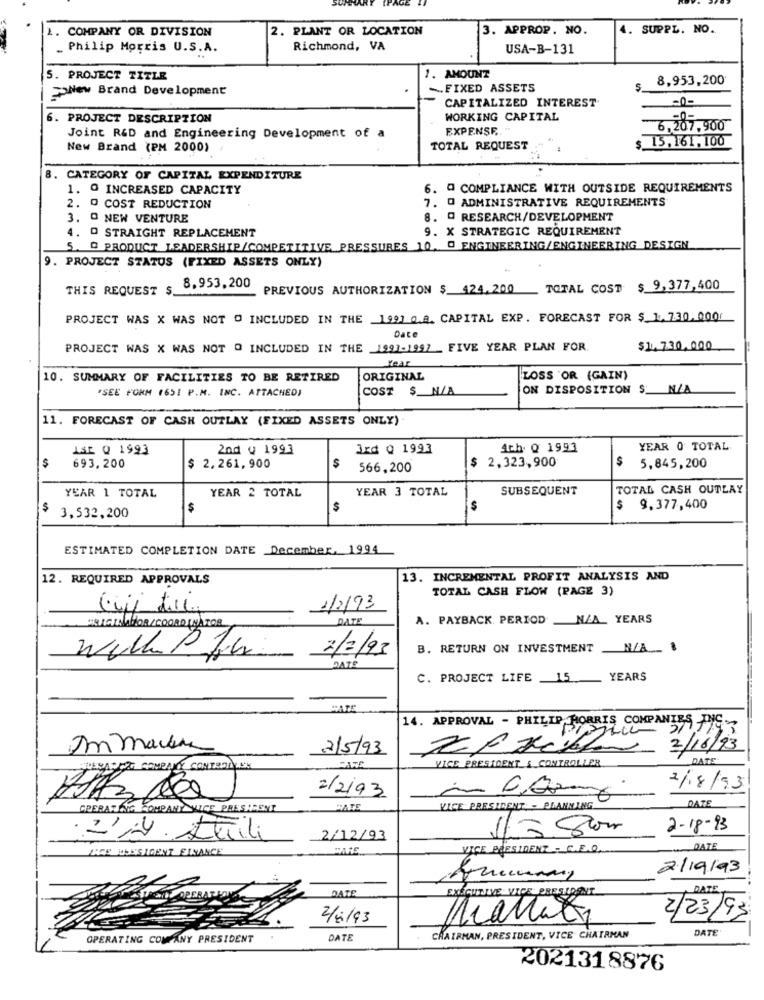
COMPANY OR DIVISION
2. PLANT OR LOCATION
3. APPROP. NO.
4. SUPPL. NO.
Philip Morris U.S.A.
Richmond, VA
USA-B-131
5. PROJECT TITLE
1. AMOUNT
8,953,200
>Ne Brand Development
-FIXED ASSETS
CAPITALIZED INTEREST
-0-
6. PROJECT DESCRIPTION
WORKING CAPITAL
EXPENSE. "
6,207,900
Joint R&D and Engineering Development of a
$ 15.161, 100
New Brand (PM 2000)
TOTAL REQUEST
8. CATEGORY OF CAPITAL EXPENDITURE
1. @ INCREASED CAPACITY
6. @ COMPLIANCE WITH OUTSIDE REQUIREMENTS
7. @ ADMINISTRATIVE REQUIREMENTS
2. º COST REDUCTION
3. ª NEW VENTURE
8. @ RESEARCH/DEVELOPMENT
9. X STRATEGIC REQUIREMENT
4. D STRAIGHT REPLACEMENT
5. @ PRODUCT LEADERSHIP/COMPETITIVE PRESSURES 10, @ ENGINEERING/ENGINEERING DESIGN
9. PROJECT STATUS (FIXED ASSETS ONLY)
8.953,200
THIS REQUEST
PREVIOUS AUTHORIZATION $ 424.200
TOTAL COST $ 9,377,400
PROJECT WAS X WAS NOT O INCLUDED IN THE 1991 Q.8. CAPITAL EXP. FORECAST FOR $ 1. 730.0001
PROJECT WAS X WAS NOT Q INCLUDED IN THE _1991-1997 _ FIVE YEAR PLAN FOR.
$1.730.000
Year
10. SUMMARY OF FACILITIES TO BE RETIRED
ORIGINAL
LOSS OR (GAIN)
"SEE FORM (651 P.M. INC. ATTACHED)
COST $_N/A
ON DISPOSITION $: N/A
11. FORECAST OF CASH OUTLAY (FIXED ASSETS ONLY)
LSE Q 1993
2nd Q 1993
3xd Q 1993
Ach. Q 1993
YEAR 0 TOTAL
$ 2,323,900
$
5,845,200
$
693.200
$ 2,261,900
$
566,200
YEAR 1 TOTAL
YEAR 2 TOTAL
YEAR 3 TOTAL
SUBSEQUENT
TOTAL CASH OUTLAY
3,532,200
$
$
$ 9.377,400
ESTIMATED COMPLETION DATE December, 1994
12. REQUIRED APPROVALS
13. INCREMENTAL PROFIT ANALYSIS AND
TOTAL CASH FLOW (PAGE 3)
1/2/93
DATE
A. PAYBACK PERIOD _N/A_ YEARS
ORIGINADOR/COORDINATOR
2/3/93
B. RETURN ON INVESTMENT N/A :
with Pfu
C. PROJECT LIFE 15
YEARS
CATE
14. APPROVAL - PHILIP MORRIS COMPANIES PUIS-
Immanen
2/5/93
2/16/93
DATE
PLEASE COMENT CONTROL NY
VICE PRESIDENT & CONTROLLER
2/2/93
2/18/93
DATE
CRERATING COMPANY VICE PRESIDENT
DATE
VICE PRESIDENT - PLANNING
2-18-93
2/4. Abili
2/12/93
BCS USESIGENT FINANCE
VICE PRESIDENT - C.E.O.
DATE
2/19/93
DATE
DATE
EXECUTIVE VICE PRESIDENT
2/23/93
DATE
OPERATING COMPANY PRESIDENT
DATE
CHAIRMAN, PRESIDENT, VICE CHAIRMAN
2021318876